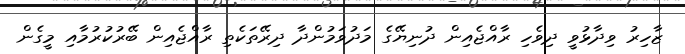
ޒާހިރު ވިދާޅުވީ ދިވެހި ރާއްޖެއިން ދުނިޔޭގެ މަދުވަމުންދާ ދިރޭތަކެތި ރާއްޖެއިން ބޭރުކުރުމާއި މީގެން